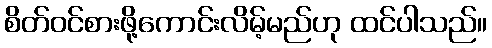
စိတ်ဝင်စားဖို့ကောင်းလိမ့်မည်ဟု ထင်ပါသည်။